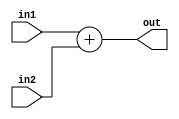
`timescale 1ns / 1ps
//////////////////////////////////////////////////////////////////////////////////
// Company: 
// Engineer: 
// 
// Design Name: 
// Module Name:    Adder 
// Project Name: 
// Target Devices: 
// Tool versions: 
// Description: 
//
// Dependencies: 
//
// Revision: 
// Revision 0.01 - File Created
// Additional Comments: 
//
//////////////////////////////////////////////////////////////////////////////////
module Adder(
	in1,
	in2,
	out
    );

input [31:0] in1;
input [31:0] in2;
output wire [31:0] out;

assign out = in1 + in2;

endmodule